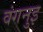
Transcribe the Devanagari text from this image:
वंगनुइ